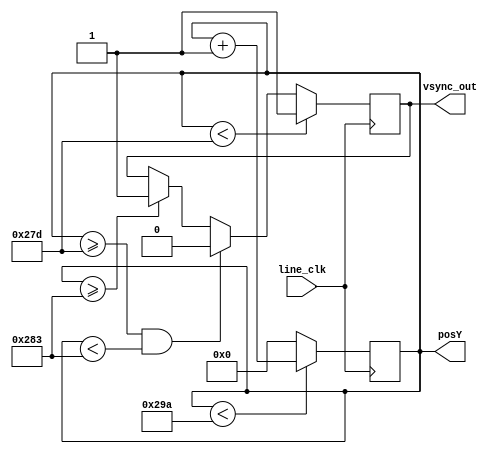
`timescale 1ns / 1ps

module vsync(line_clk, vsync_out, posY);
   input line_clk;
   output vsync_out;
   output wire[10:0] posY;
   
   reg [10:0] count = 0;
   reg vsync  = 0;

   always @(posedge line_clk)
	 if (count < 666)
	   count <= count + 1;
	 else
	   count <= 0;
      
   always @(posedge line_clk)
	 begin
		if (count < 637)
		  vsync 	<= 1;
		else if (count >= 637 && count < 643)
		  vsync 	<= 0;
		else if (count >= 643)
		  vsync 	<= 1;
	 end

   assign vsync_out  = vsync;
   assign posY = count;
   
endmodule // hsync   

module hsync(clk50, hsync_out, newline_out, posX);
   input clk50;
   output hsync_out, newline_out;
   output wire[10:0] posX;
   
   reg [10:0] count = 0;
   reg hsync 	= 0;
   reg newline 	= 0;

   always @(posedge clk50)
	 begin
		if (count < 1040)
		  count  <= count + 1;
		else
		  count  <= 0;
	 end
   
   always @(posedge clk50)
	 begin
		if (count == 0)
		  newline <= 1;
		else
		  newline <= 0;
	 end

   always @(posedge clk50)
	 begin
		if (count < 856) // pixel data plus front porch
		  hsync <= 1;
		else if (count >= 856 && count < 976)
		  hsync <= 0;
		else if (count >= 976)
		  hsync <= 1;
	 end // always @ (posedge clk50)
				 
   assign hsync_out    = hsync;
   assign newline_out  = newline;
   assign posX = count;
   
endmodule // hsync

module vga(clk50, Hsync, Vsync, red_out, blue_out, green_out, raddr, rdata);
   input clk50;
   input wire[31:0] rdata;
   output Hsync, Vsync;
   output wire[2:0] red_out, green_out;
   output wire[1:0] blue_out;
   output wire[31:0] raddr;
   wire line_clk;
   wire clk50;
   wire [10:0] posY;
   wire [10:0] posX;
   //assign {red_out[2], green_out[2], red_out[1], green_out[1], blue_out[1], red_out[0], green_out[0], blue_out[0]} = (posX * posY);

   assign raddr = posX > 800 ? 32'h400 : posY > 600 ? 32'h400 : 32'h400 + (posY/20) * 40 + (posX/20);
   assign {red_out, green_out, blue_out} = raddr[1:0] == 2'b11 ? rdata[7:0] : raddr[1:0] == 2'b10 ? rdata[15:8] : raddr[1:0] == 2'b01 ? rdata[23:16] : rdata[31:24];

   hsync   hs(
       .clk50(clk50),
       .hsync_out(Hsync),
       .newline_out(line_clk),
       .posX(posX)
   );

   vsync   vs(
       .line_clk(line_clk),
       .vsync_out(Vsync),
       .posY(posY)
   );
endmodule // top